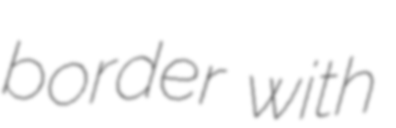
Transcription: border with